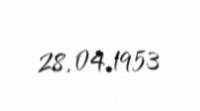
28.04.1953